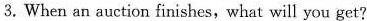
3. When an auction finishes,what will you get?